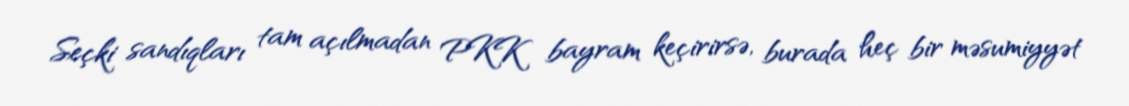
Seçki sandıqları tam açılmadan PKK bayram keçirirsə, burada heç bir məsumiyyət